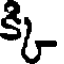
క్క